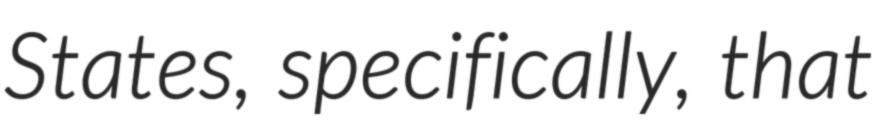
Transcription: States, specifically, that